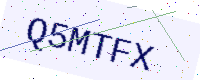
Text: Q5MTFX